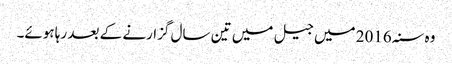
وہ سنہ 2016 میں جیل میں تین سال گزارنے کے بعد رہا ہوئے۔